Civil Veterinary Department Bengal reports 1923-33 - 1923-1933
Year: 1923
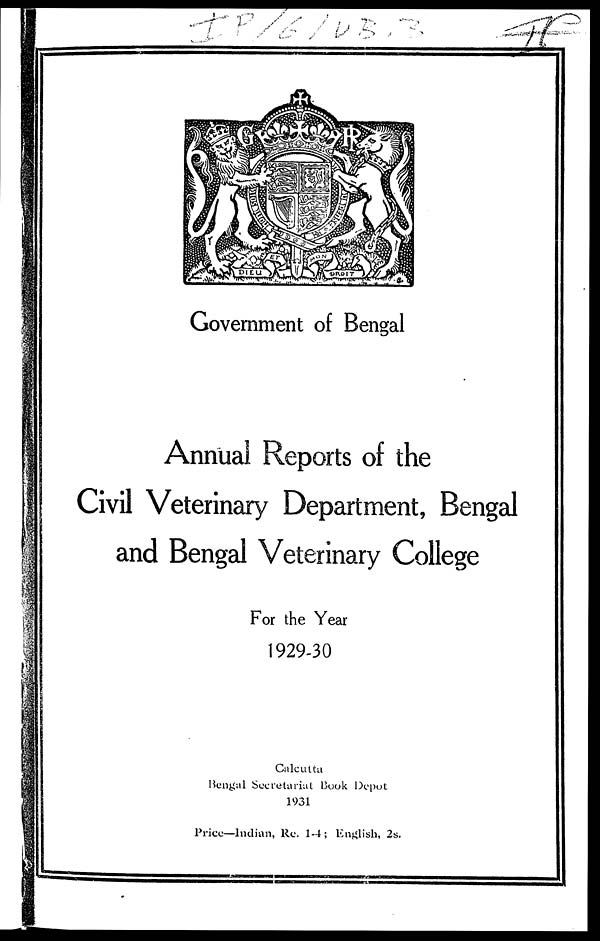
Government of Bengal
Annual Reports of the
Civil Veterinary Department, Bengal
and Bengal Veterinary College
For the Year
1929-30
Calcutta
Bengal Secretariat Book Depot
1931
Price—Indian, Re. 1-4; English, 2s.